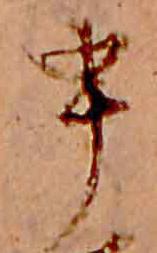
申